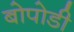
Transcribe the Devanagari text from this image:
बोपोडी